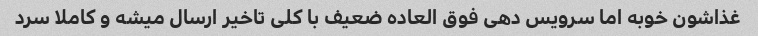
غذاشون خوبه اما سرویس دهی فوق العاده ضعیف با کلی تاخیر ارسال میشه و کاملا سرد